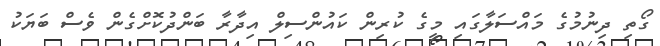
ގޯތި ދިނުމުގެ މައްސަލާގައި މީގެ ކުރިން ކައުންސިލް އިދާރާ ބަންދުކޮށްގެން ވެސް ބަޔަކު